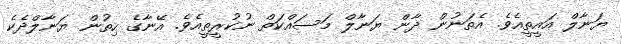
ޔަނާލް އައީތީއެވެ. އެތަނުން ދާން ޔަނާލް މަސައްކަތް ނުކުރީތީއެވެ. އޭނާގެ ހިތުން ޔަނާލްދެކެ